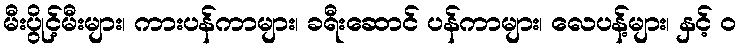
မီးပွိုင့်မီးများ၊ ကားပန်ကာများ၊ ခရီးဆောင် ပန်ကာများ၊ လေပန့်များ၊ နှင့် ၀